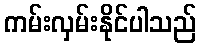
ကမ်းလှမ်းနိုင်ပါသည်